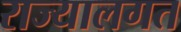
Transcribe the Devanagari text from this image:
राज्यालगत